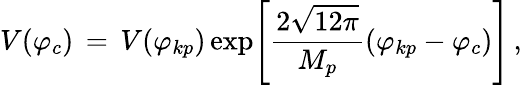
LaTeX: V(\varphi_{c})\, =\, V(\varphi_{kp})\exp\Biggr[\frac{2\sqrt{12\pi}}{M_{p}}(\varphi_{kp}-\varphi_{c})\Biggr]\, ,